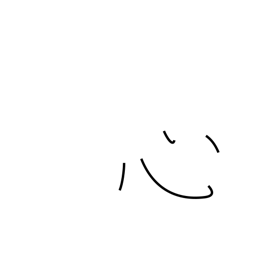
Meaning: heart radical (no. 61)